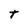
Character: t